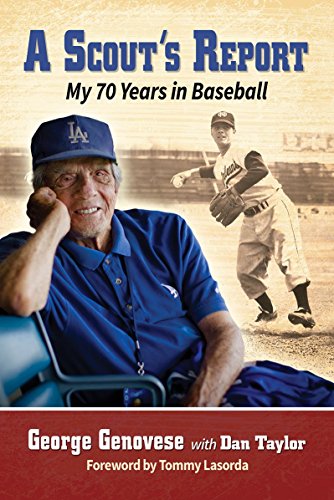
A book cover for A Scout's Report: My 70 Years in Baseball; George Genovese; Biographies & Memoirs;